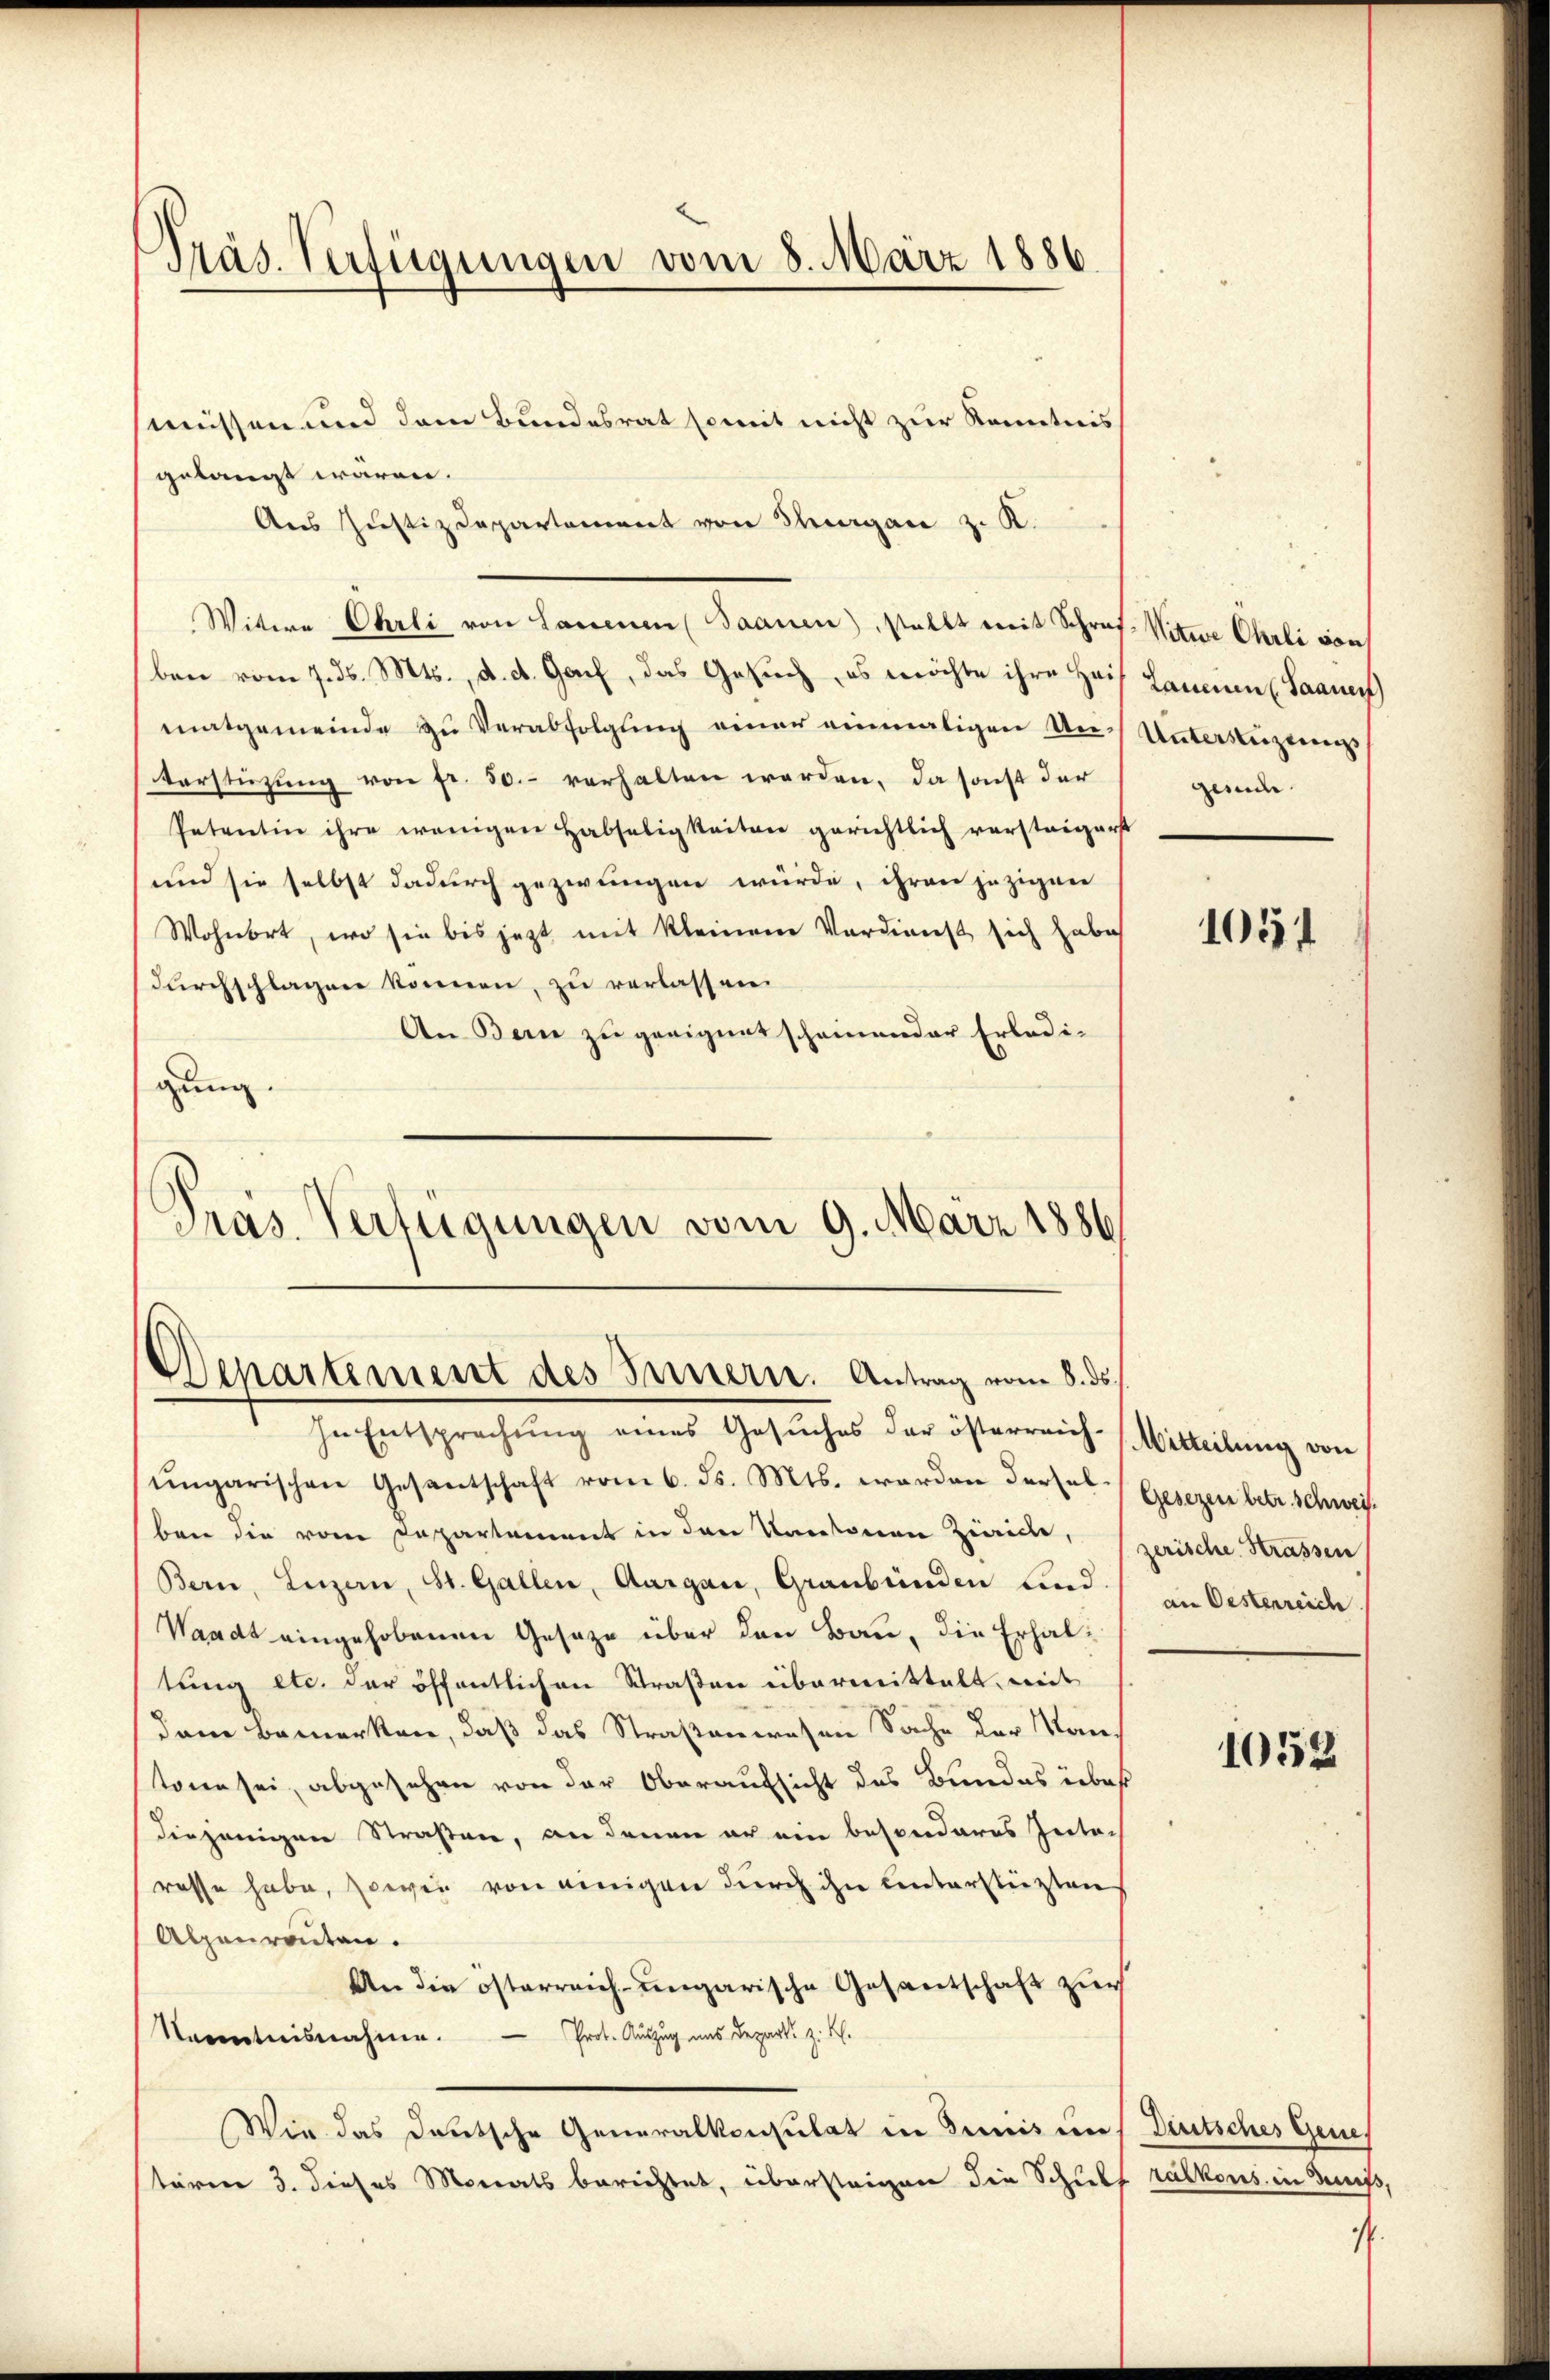
Präs. Verfügungen vom 8. März 1886

müssen und dem Bundesrat somit nicht zur Kenntnis
gelangt wären.
Aus Justizdepartement von Thurgan z. K.
Wittwe Ehrli von Lanenen (Saanen) stellt mit Schref. Witwe Ohrli von
ben vom 7. ds. Mts., d. d. Gach, das Gesuch, es möchte ihre Hof Landen (Saanen
matgemeinde zu Verabfolgung einer einmaligen Uns Untersteigungs
Verstüzung von fr. 50.- verhalten werden, da sonst der
Petentin ihre wenigen Habseligkeiten gerichtlich versteigerst
und sie selbst dadurch gezwungen würde, ihren jezigen
Wohnort, wo sie bis jezt mit kleinem Verdienst sich habe
dŭrchschlagen können, zu verlassen.
An Bern zu geeignet scheinender Erledigung.
Präs. Verfügungen vom 9. März 1886

Departement des Innern. Antrag vom 8. ds.

gende

In Entsprechung eines Gesuches der österreich-Mitteilung von
ŭngarischen Gesantschaft vom 6. ds. Mts. worden dersel-Gesezen betr. schweiz.
ben die vom Departement in den Kantonen Zürich, zerische Strassen
Bern, Luzern, St. Gallen, Aargau, Graubünden Lind
Waadt eingehobenen Gesetze über den Bau, die Erhaltung etc. der öffentlichen Straßen übermittelt, mit
dann bemerken, daß das Straßenwesen Sache der Kantonen sei, abgesehen von der Oberaufsicht des Bundes über
diejenigen Straßen, an denen er ein besonderes Zeiter
rasse habe, sowie von einigen durch ihn unterstüzten
Alpenrenten.
An die österreich-ungarische Gesantschaft zur
Kenntnisnahme. — Prot. Auszug uns Depart z. B.
Wie das deutsche Generalkonsulat in diniis uns Deutsches Genestören 3. dieses Monats berichtet, übersteigen die Schulf ralkons in Geiß,

1051

an Oestenreich

1052